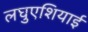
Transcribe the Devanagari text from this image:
लघुएशियाई